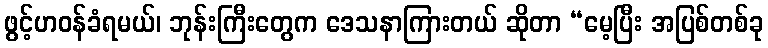
ဖွင့်ဟဝန်ခံရမယ်၊ ဘုန်းကြီးတွေက ဒေသနာကြားတယ် ဆိုတာ “မေ့ပြီး အပြစ်တစ်ခု